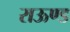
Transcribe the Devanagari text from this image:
राऊण्ड